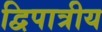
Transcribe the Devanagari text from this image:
द्विपात्रीय